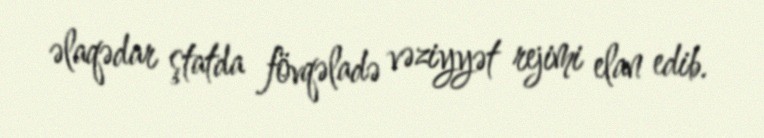
əlaqədar ştatda fövqəladə vəziyyət rejimi elan edib.